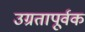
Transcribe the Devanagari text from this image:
उग्रतापूर्वक